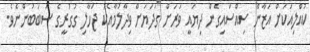
ކުއްލިއަކަށް އަޒާން ސިއްސައިގެން ދިޔައީ ވަރަށް ގަދަޔަށް ވިދާލުމާއެކު ޖަހާލި ގުގުރީގެ ސަބަބުންނެވެ.